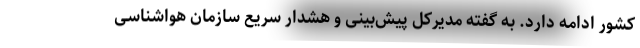
کشور ادامه دارد. به گفته مدیرکل پیش‌بینی و هشدار سریع سازمان هواشناسی